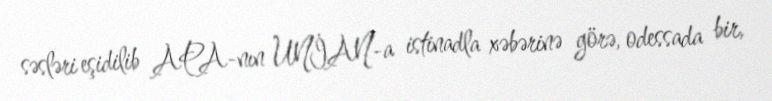
səsləri eşidilib APA-nın UNİAN-a istinadla xəbərinə görə, odessada bir,